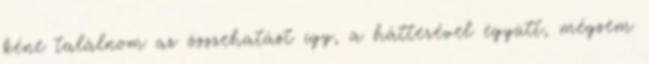
kéne találnom az összehatást így, a hátterével együtt, mégsem